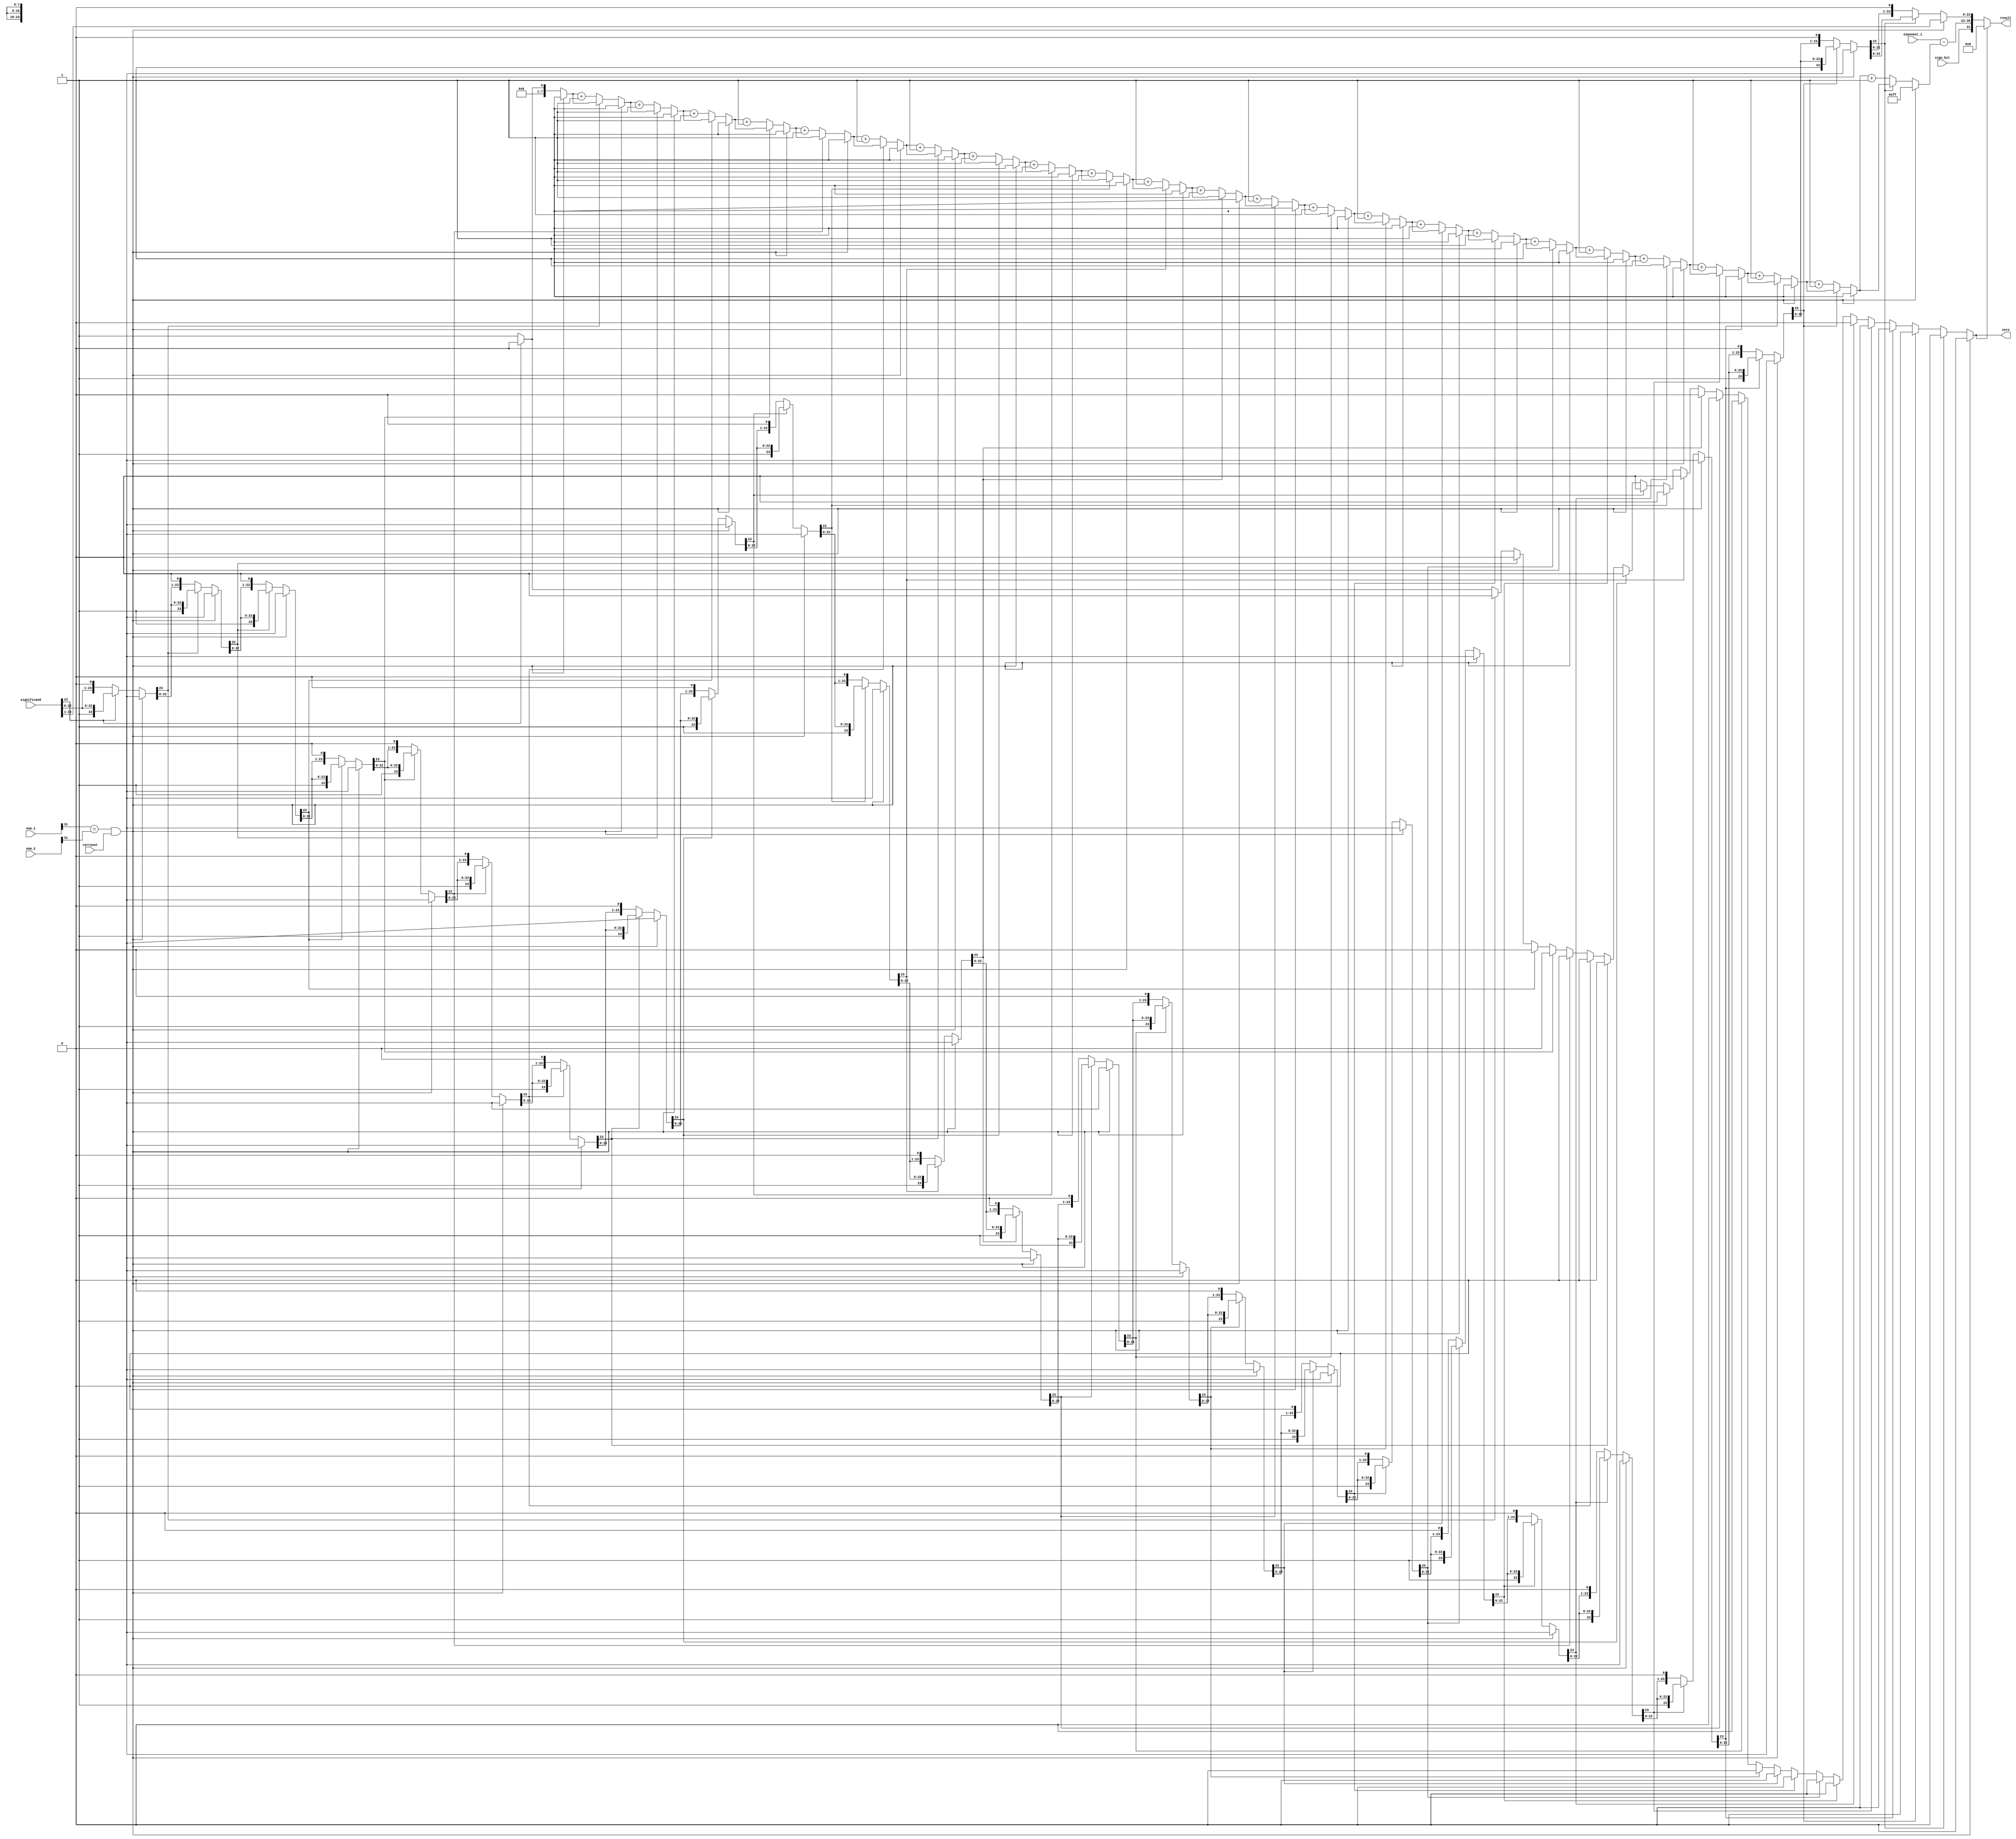
`timescale 1ns / 1ps
//////////////////////////////////////////////////////////////////////////////////
// Company: 
// Engineer: 
// 
// Design Name: 
// Module Name:    fp_adder_stage3 
// Project Name: 
// Target Devices: 
// Tool versions: 
// Description: 
//
// Dependencies: 
//
// Revision: 
// Revision 0.01 - File Created
// Additional Comments: 
//
//////////////////////////////////////////////////////////////////////////////////
module fp_adder_stage3#(parameter FP_SIZE = 32,parameter FRAC_SIZE = 23)
(
		num_1,
		num_2,
		carryout,
		sign_bit,
		exponent_1,
		significand,
		result,
		zero
    );
	input wire [FP_SIZE-1:0] num_1;
	input wire [FP_SIZE-1:0] num_2;
	output reg [FP_SIZE-1:0] result;
	input wire [FRAC_SIZE:0] significand;
	input wire [(FP_SIZE-FRAC_SIZE-1)-1:0] exponent_1;
	input wire carryout;
	input wire sign_bit;
	output reg zero;
	integer i; 
	reg [FRAC_SIZE:0] c_significand;
	reg [(FP_SIZE-FRAC_SIZE-1)-1:0] left_shift;
	reg [(FP_SIZE-FRAC_SIZE-1)-1:0] exponent;
	always@(*) begin
		zero=1'b1; //The zero bit enabled by default--> if the 24th bit in the significand cannot 
						//be set to 1 by repeated left shift, then the number is a zero
		left_shift='d0;
		exponent='d0;
		c_significand=significand;
		
		if ((num_1[FP_SIZE-1]==num_2[FP_SIZE-1]) && carryout==1'b1) begin
			c_significand=c_significand>>1;
			c_significand[FRAC_SIZE]=1'b1;
			left_shift=-'d1;
			zero=1'b0;
		end else begin
			for(i=0;i<=24;i=i+1) begin
				if(c_significand[FRAC_SIZE]!=1'b1) begin 
					c_significand=c_significand<<1;
					left_shift=left_shift+'d1;
				end else begin
					zero=1'b0;
				end
			end
		end
		
		c_significand[FRAC_SIZE]=sign_bit; //THIS LOGIC IS IMPLEMENTED IN fp_adder_stage1
														//USING UNSIGED SIGNIFICANDS FOR COMPARISION
		if (zero) begin
			exponent='d0;
		end else begin 
			exponent=exponent_1-left_shift;
		end
		
		if (zero) begin
			result='d0;
		end else begin
			result={c_significand[FRAC_SIZE],exponent,c_significand[FRAC_SIZE-1:0]};
		end
	end
endmodule